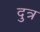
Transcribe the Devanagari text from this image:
दुत्र